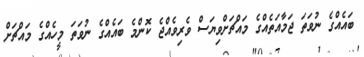
ބައެއްގެ ނުވަތަ ޖަމާއަތެއްގެ މައްޗަށްވިޔަސް ވެރިވެއްޖެ ކޮންމެ ބައެއްގެ ނުވަތަ މީހެއްގެ މައްޗަށް